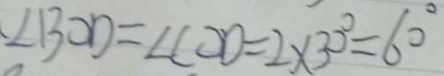
\angle B O D = \angle C O D = 2 \times 3 0 ^ { \circ } = 6 0 ^ { \circ }